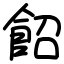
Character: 䬰